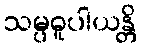
သမ္ပဓူပါယန္တိ